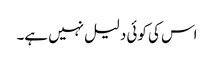
اس کی کوئی دلیل نہیں ہے۔